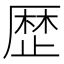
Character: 歴